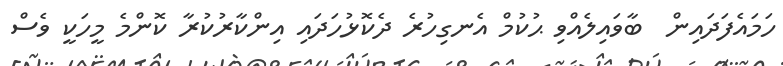
ހަމައެފަދައިން  ބާވައިލެއްވި ޙުކުމް އެނގިހުރެ ދެކޮޅުހަދައި އިންކާރުކުރާ ކޮންމެ މީހަކީ ވެސް